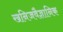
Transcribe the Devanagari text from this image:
खनिजवैज्ञानिक